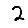
Digit: 2